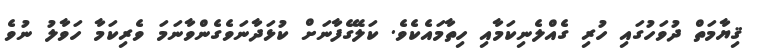
ޤިޔާމަތް ދުވަހުގައި ހުރި ގެއްލެނިކަމާއި ހިތާމައެކެވެ. ކަލޭގެފާނަށް ކުޅަދާނަވެގެންވާނަމަ ވެރިކަމާ ހަވާލު ނުވެ